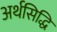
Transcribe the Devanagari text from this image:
अर्थसिद्धि